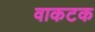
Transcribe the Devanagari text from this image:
वाकटक